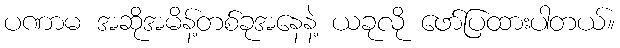
ပဏာမ အဆိုအမိန့်တစ်ခုအနေနဲ့ ယခုလို ဖော်ပြထားပါတယ်။